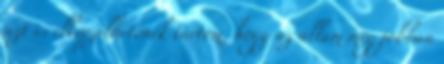
azt is elképzelhetőnek tartom, hogy az állam még jobban